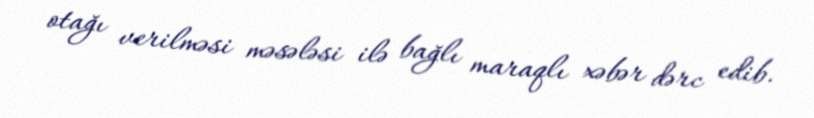
otağı verilməsi məsələsi ilə bağlı maraqlı xəbər dərc edib.